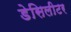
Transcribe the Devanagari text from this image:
डेसिलीटर